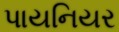
પાયનિયર